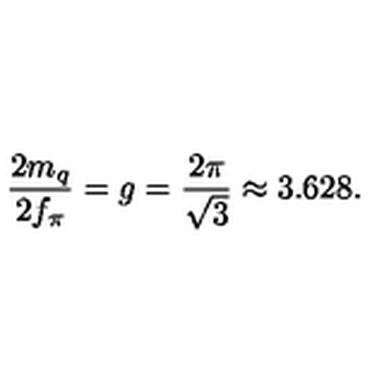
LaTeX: \frac { 2 m _ { q } } { 2 f _ { \pi } } = g = \frac { 2 \pi } { \sqrt { 3 } } \approx 3 . 6 2 8 .